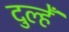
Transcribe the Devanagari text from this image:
दुल्हेँ